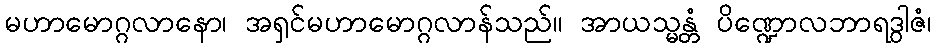
မဟာမောဂ္ဂလာနော၊ အရှင်မဟာမောဂ္ဂလာန်သည်။ အာယသ္မန္တံ ပိဏ္ဍောလဘာရဒွါဇံ၊